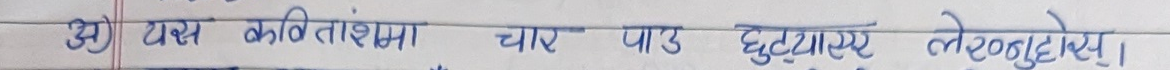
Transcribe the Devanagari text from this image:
अ) यस कवितांशमा चार पाउ छुटाएर लेख्नुहोस्।